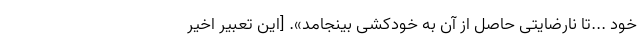
خود ...تا نارضایتی حاصل از آن به خودکشی بینجامد». [این تعبیر اخیر